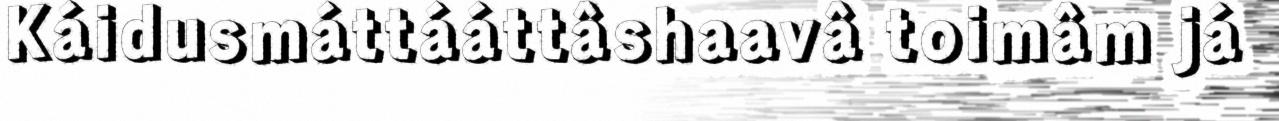
Káidusmáttááttâshaavâ toimâm já